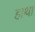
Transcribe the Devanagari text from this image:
हाथा